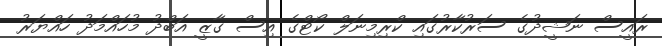
ރައީސް ނަޝީދުގެ ސަރުކާރުގައި ކްރިމިނަލް ކޯޓްގެ އިސް ގާޒީ އަބްދު މުހައްމަދު ހައްޔަރު